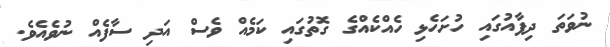
ނުވަތަ ދިފާއުގައި ހުށަހެޅި ހެއްކެއްގެ ގޮތުގައި ކަމެއް ވެސް އަދި ސާފެއް ނުވެއެވެ.